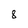
Character: 8